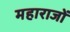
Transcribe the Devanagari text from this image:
महाराजों